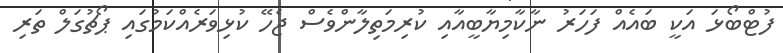
ފުޓްބޯޅަ އަކީ ބައެއް ފަހަރު ނާކާމިޔާބީއާއި ކުރިމަތިލާންވެސް ޖެހޭ ކުޅިވަރެއްކަމުގައި ޕޯޗުގަލް ތަރި